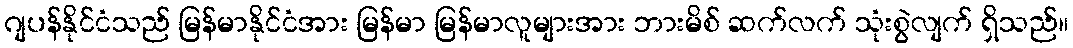
ဂျပန်နိုင်ငံသည် မြန်မာနိုင်ငံအား မြန်မာ မြန်မာလူများအား ဘားမိစ် ဆက်လက် သုံးစွဲလျက် ရှိသည်။